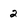
Character: 2